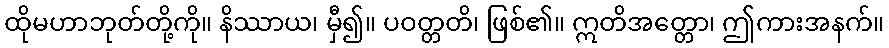
ထိုမဟာဘုတ်တို့ကို။ နိဿာယ၊ မှီ၍။ ပဝတ္တတိ၊ ဖြစ်၏။ ဣတိအတ္တော၊ ဤကားအနက်။